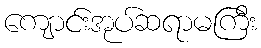
ကျောင်းအုပ်ဆရာမကြီး